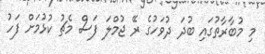
މި މުބާރާތުގައި ބުދަ ދުވަހުގެ ރޭ ޖުމްލަ ފަސް މެޗު ކުޅުމަށް ފަހު